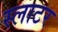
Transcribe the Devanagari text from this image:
स्लाटर